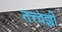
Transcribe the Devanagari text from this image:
तत्त्वज्ञो